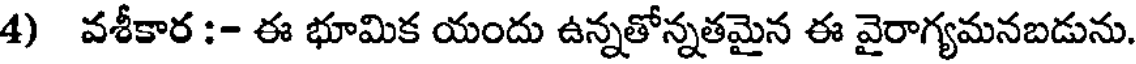
4) వశీకార :- ఈ భూమిక యందు ఉన్నతోన్నతమైన ఈ వైరాగ్యమనబడును.